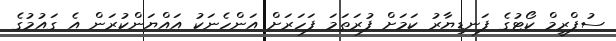
ސުޕްރީމް ކޯޓުގެ ފަނޑިޔާރު ކަމަށް ފުރަތަމަ ފަހަރަށް އަންހެނަކު އައްޔަންކުރަން އެ ގައުމުގެ